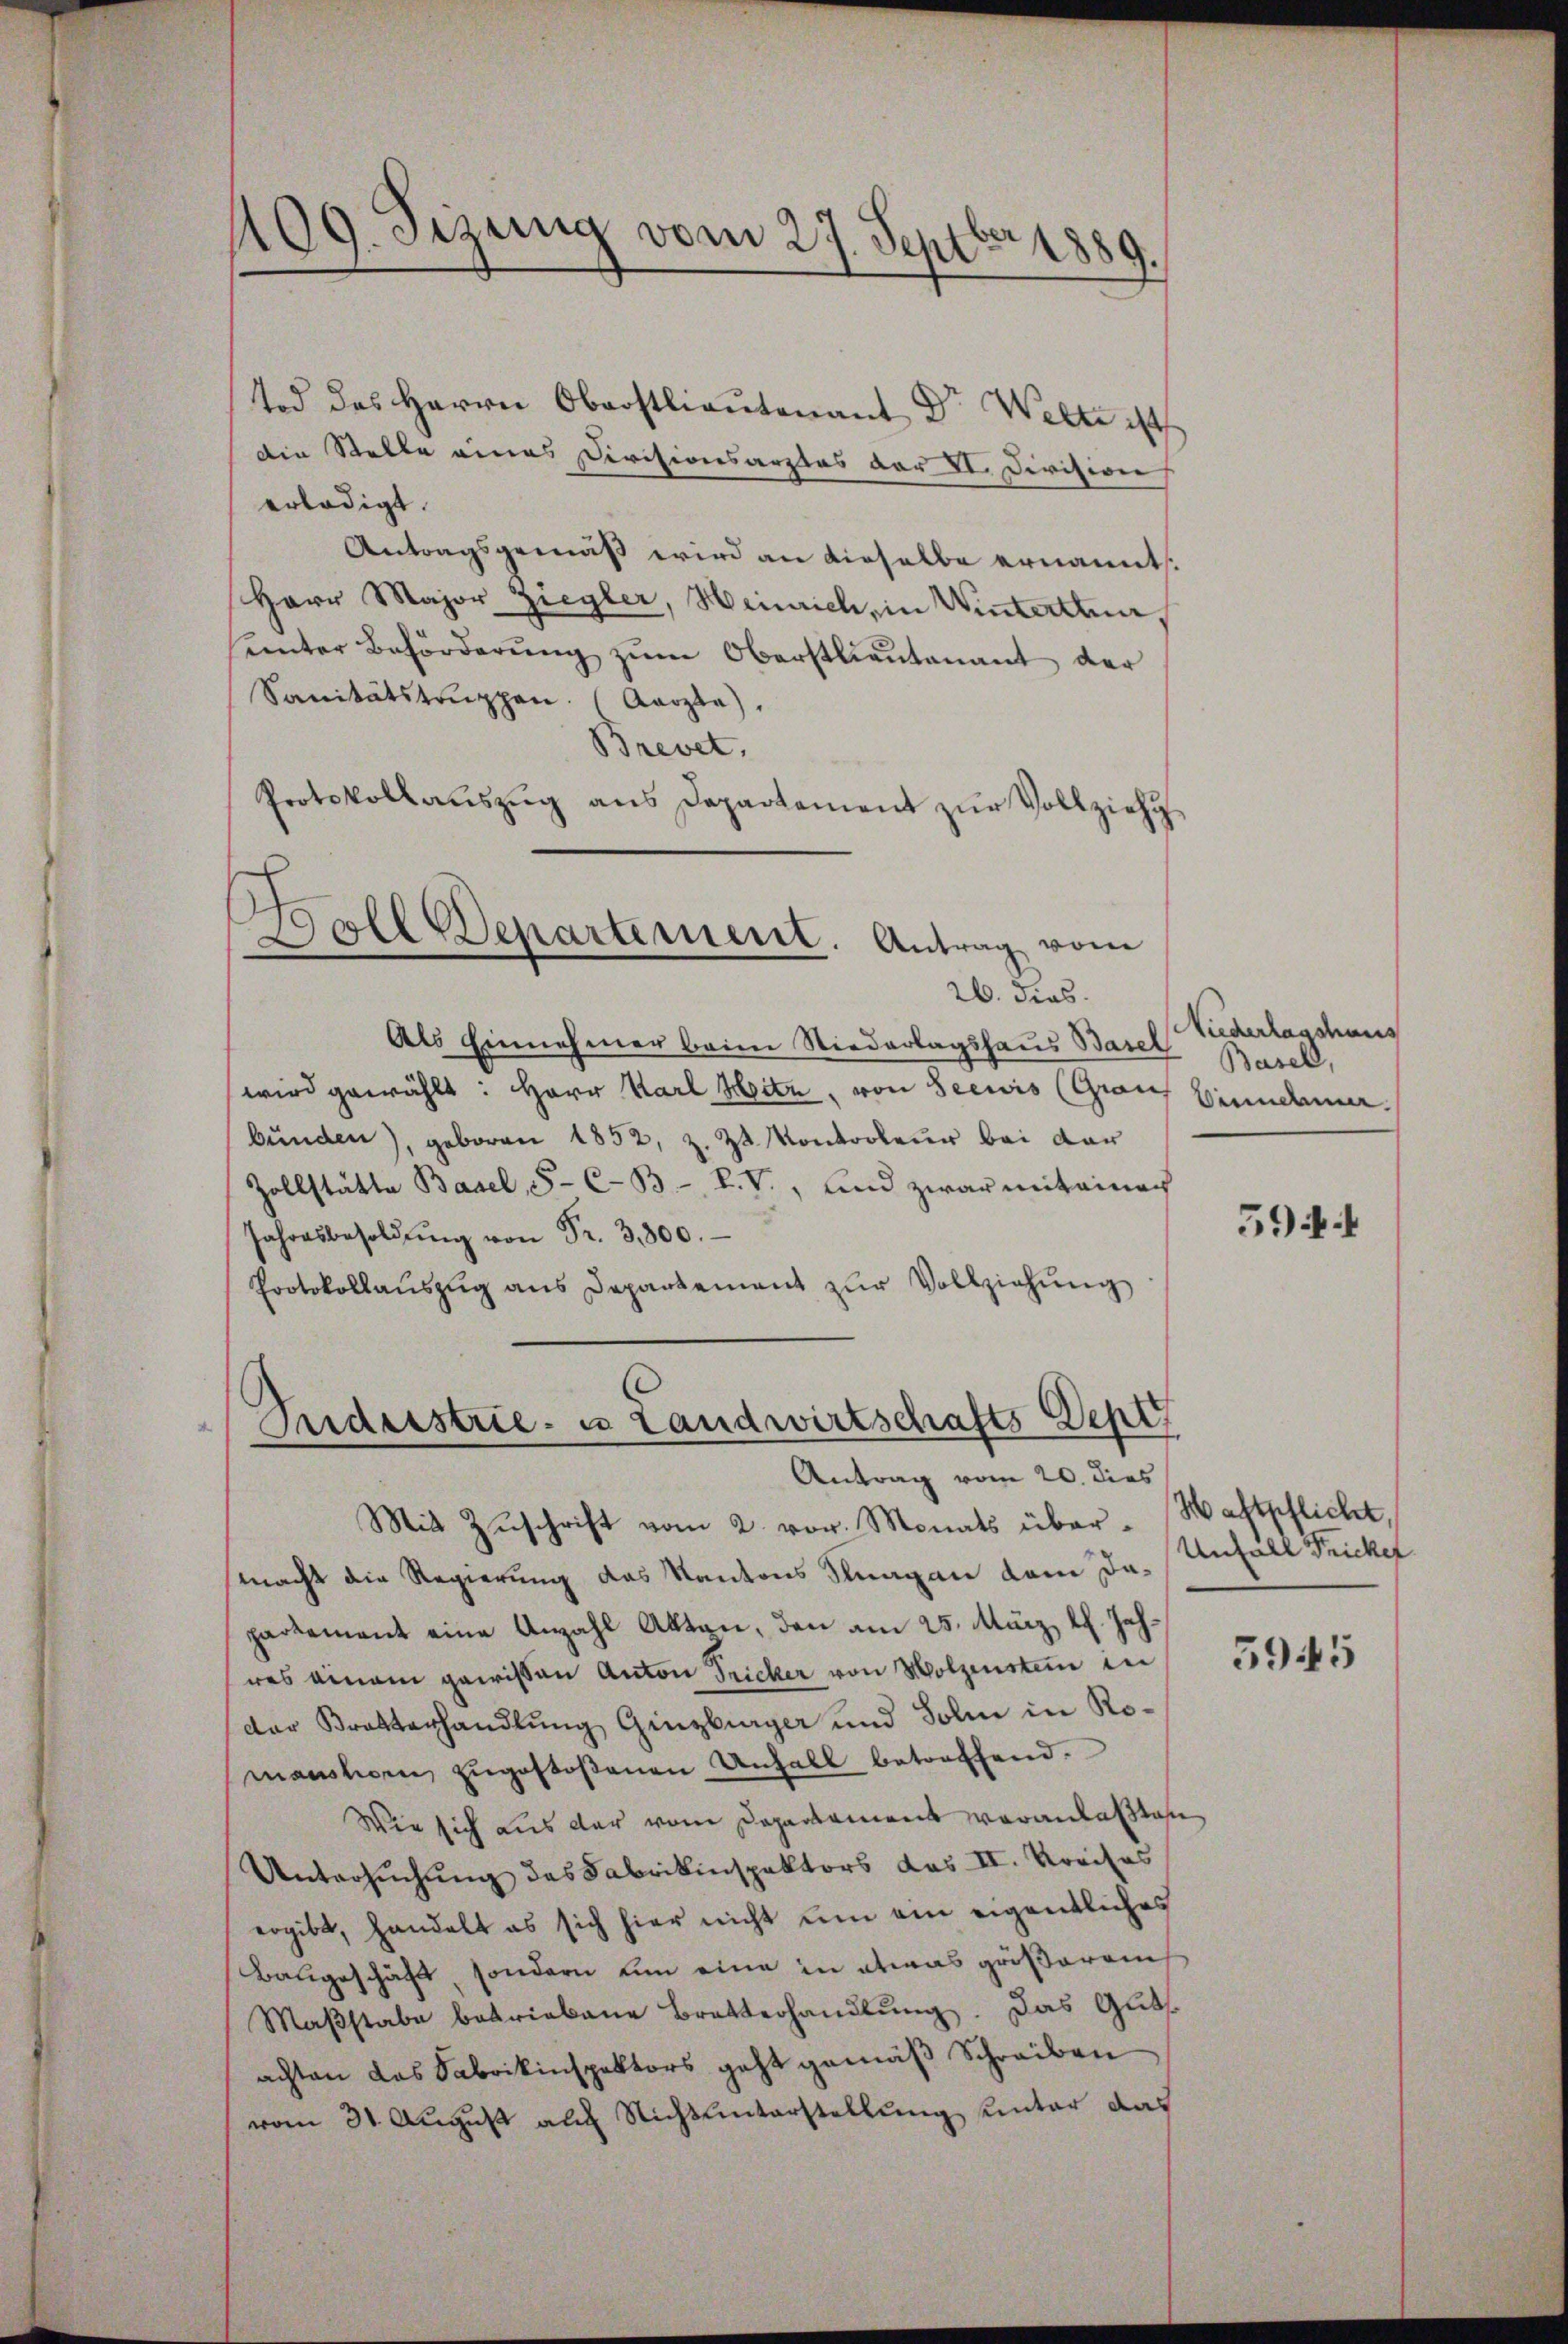
409. Sizung vom 27. Septb
2889.

Boll Departement. Antrag vom

tod des Herrn Oberstlieutenant Dr Welti i
Die Stelle eines Divisionsarztes der II. Division
erledigt.
Antragsgemäß wird an dieselbe ernannt.
Herr Major Ziegler, Heinrich, in Winterthun,
ŭnter Beförderŭng zŭm Oberstlieutenant der
Sanitätstruppen. (Aarzta).
Brevet,
Protokollaŭszŭg ans Departement zŭr Vollziehu
26. dies
Als Einnehmer beim Niederlagshaus Basel
wird gewählt: Herr Karl Heite, von Seewis (Graus Einnehmer.
bŭnden), geboren 1852, z. Zt. Konkorteŭr bei dar
Zollstätte Basel, S. C. B. P. V., und zwar miteiner
Jahresbesoldŭng von Fr. 3,300.
Protokollaŭszŭg ans Departement zŭr Vollziehŭng
Puderstrie. es Landwirtschafts Depe
Antrag vom 20. dies
Mit Zŭschrift vom 2. vor. Monats über- Haftpflicht,
macht die Regierung das Kantons Stuagan dem Dapartement eine Anzahl Akten, den am 25. März l. Jahwes einem gewissen Anton Tricher von Holzenstein in
dor Bretterhandlung Ginzburger und Solm in Romansten zugestoßenen Unfall betreffend.
Wie sich aus der vom Departement veranlaßten
Untersuchung des Fabrikinspektors das II. Kreises
ergibt, handelt es sich hier nicht um ein eigentliches
Baugeschäft, sondern von eine in etwas größerem
Maßstabe betriebene Bratterhandlung. Das Guts.
achten das Fabrikinspektors geht gemäß Schreiben
vom 31. August auf Nichtunterstellung unter das

Niederlasshaus
Basell,

5944

Unfall Fricker

5945